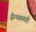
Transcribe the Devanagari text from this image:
सैन्यबळही